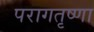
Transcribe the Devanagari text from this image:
परागतृष्णा